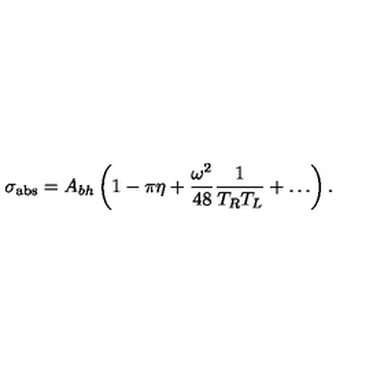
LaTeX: \sigma _ { \mathrm { a b s } } = A _ { b h } \left( 1 - \pi \eta + { \frac { \omega ^ { 2 } } { 4 8 } } { \frac { 1 } { T _ { R } T _ { L } } } + \dots \right) .